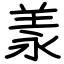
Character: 羕